Report of the Indian Hemp Drugs Commission, 1894-1895 - Volume I
Year: 1894
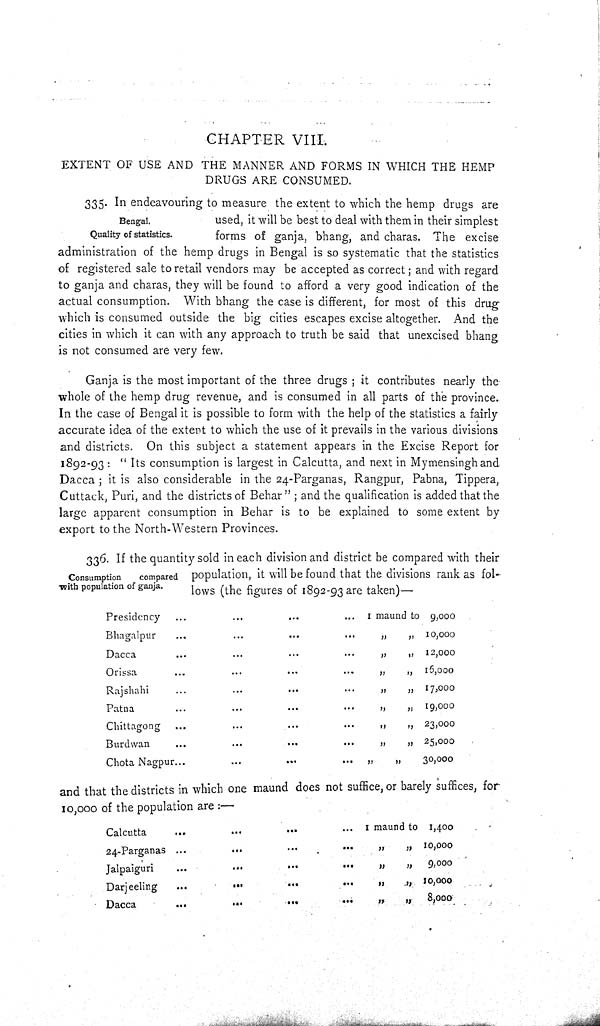
CHAPTER VIII.
EXTENT OF USE AND THE MANNER AND FORMS IN WHICH THE HEMP
DRUGS ARE CONSUMED.
Bengal.
Quality of statistics.
335. In endeavouring to measure the extent to which the hemp drugs are
used, it will be best to deal with them in their simplest
forms of ganja, bhang, and charas. The excise
administration of the hemp drugs in Bengal is so systematic that the statistics
of registered sale to retail vendors may be accepted as correct; and with regard
to ganja and charas, they will be found to afford a very good indication of the
actual consumption. With bhang the case is different, for most of this drug
which is consumed outside the big cities escapes excise altogether. And the
cities in which it can with any approach to truth be said that unexcised bhang
is not consumed are very few.
Ganja is the most important of the three drugs; it contributes nearly the
whole of the hemp drug revenue, and is consumed in all parts of the province.
In the case of Bengal it is possible to form with the help of the statistics a fairly
accurate idea of the extent to which the use of it prevails in the various divisions
and districts. On this subject a statement appears in the Excise Report for
1892-93: "Its consumption is largest in Calcutta, and next in Mymensingh and
Dacca; it is also considerable in the 24-Parganas, Rangpur, Pabna, Tippera,
Cuttack, Puri, and the districts of Behar"; and the qualification is added that the
large apparent consumption in Behar is to be explained to some extent by
export to the North-Western Provinces.
Consumption
compared
with population of ganja.
336. If the quantity sold in each division and district be compared with their
population, it will be found that the divisions rank as fol-
lows (the figures of 1892-93 are taken)—
Presidency
1 maund to 9,000
Bhagalpur
" "
10,000
Dacca
" "
12,000
Orissa
" "
15,000
Rajshahi
" "
17,000
Patna
" "
19,000
Chittagong
" "
23,000
Burdwan
" "
25,000
Chota Nagpur
" "
30,000
and that the districts in which one maund does not suffice, or barely suffices, for
10,000 of the population are:—
Calcutta
1 maund to 1,400
24-Parganas
" "
10,000
Jalpaiguri
" "
9,000
Darjeeling
" "
10,000
Dacca
" "
8,000